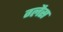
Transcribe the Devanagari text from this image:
ग्लैस